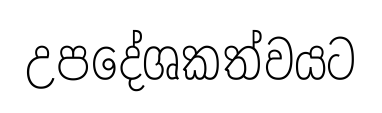
උපදේශකත්වයට